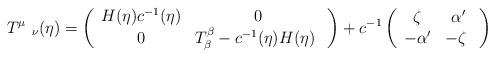
LaTeX: \begin{align*}T^\mu\ _\nu(\eta)=\left(\begin{array}{cc} H(\eta)c^{-1}(\eta) & 0 \\ 0 & T^{\beta}_{\beta}-c^{-1}(\eta)H(\eta) \ \end{array}\right)+c^{-1}\left(\begin{array}{cc} \zeta& \alpha' \\ -\alpha' & -\zeta \ \end{array}\right)\end{align*}